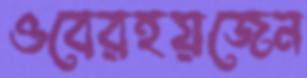
ওবেরহয়জেন